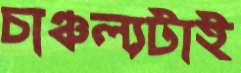
চাঞ্চল্যটাই